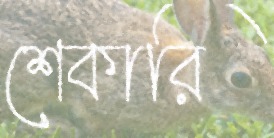
শেকারি